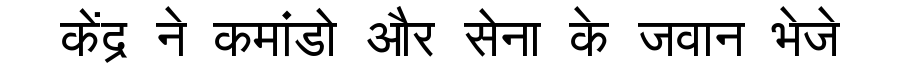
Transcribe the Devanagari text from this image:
केंद्र ने कमांडो और सेना के जवान भेजे